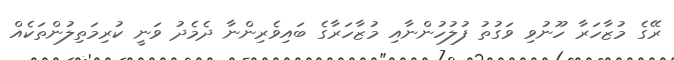
ރޭގެ މުޒާހަރާ ހޫނުވި ވަގުތު ފުލުހުންނާއި މުޒާހަރާގެ ބައިވެރިންނާ ދެމެދު ވަނީ ކުރިމަތިލުންތަކެއް